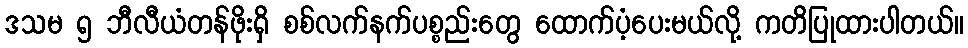
ဒသမ ၅ ဘီလီယံတန်ဖိုးရှိ စစ်လက်နက်ပစ္စည်းတွေ ထောက်ပံ့ပေးမယ်လို့ ကတိပြုထားပါတယ်။